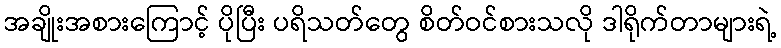
အချိုးအစားကြောင့် ပိုပြီး ပရိသတ်တွေ စိတ်ဝင်စားသလို ဒါရိုက်တာများရဲ့